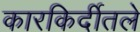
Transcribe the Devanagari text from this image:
कारकिर्दीतले